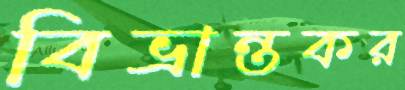
বিভ্রান্তকর